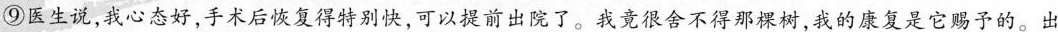
⑨医生说，我心态好，手术后恢复得特别快，可以提前出院了。我竟很舍不得那棵树，我的康复是它赐予的。出